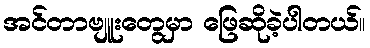
အင်တာဗျူးတွေမှာ ဖြေဆိုခဲ့ပါတယ်။